Annual administration report of the Civil Veterinary Department of India - 1894-1895
Year: 1894
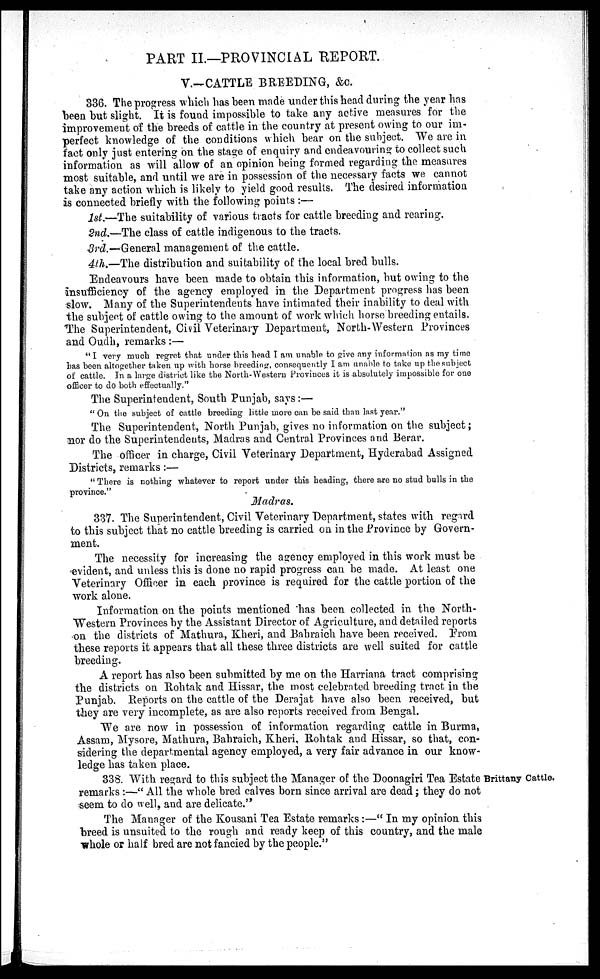
PART II—PROVINCIAL REPORT.
V.—CATTLE BREEDING, &c.
336. The progress which has been made under this head during the year has
been but slight. It is found impossible to take any active measures for the
improvement of the breeds of cattle in the country at present owing to our im-
perfect knowledge of the conditions which bear on the subject. We are in
fact only just entering on the stage of enquiry and endeavouring to collect such
information as will allow of an opinion being formed regarding the measures
most suitable, and until we are in possession of the necessary facts we cannot
take any action which is likely to yield good results. The desired information
is connected briefly with the following points :—
1st—The suitability of various tracts for cattle breeding and rearing.
2nd.—The class of cattle indigenous to the tracts.
3rd.—General management of the cattle.
4th.—The distribution and suitability of the local bred bulls.
Endeavours have been made to obtain this information, but owing to the
insufficiency of the agency employed in the Department progress has been
slow. Many of the Superintendents have intimated their inability to deal with
the subject of cattle owing to the amount of work which horse breeding entails.
The Superintendent, Civil Veterinary Department, North-Western Provinces
and Oudh, remarks :—
"I very much regret that under this head I am unable to give any information as my time
has been altogether taken up with horse breeding, consequently I am unable to take up the subject
of cattle. In a large district like the North-Western Provinces it is absolutely impossible for one
officer to do both effectually."
The Superintendent, South Punjab, says :—
" On the subject of cattle breeding little more can be said than last year."
The Superintendent, North Punjab, gives no information on the subject;
nor do the Superintendents, Madras and Central Provinces and Berar.
The officer in charge, Civil Veterinary Department, Hyderabad Assigned
Districts, remarks:—
" There is nothing whatever to report under this heading, there are no stud bulls in the
province."
Madras.
337. The Superintendent, Civil Veterinary Department, states with regard
to this subject that no cattle breeding is carried on in the Province by Govern-
ment.
The necessity for increasing the agency employed in this work must be
evident, and unless this is done no rapid progress can be made. At least one
Veterinary Officer in each province is required for the cattle portion of the
work alone.
Information on the points mentioned has been collected in the North-
Western Provinces by the Assistant Director of Agriculture, and detailed reports
on the districts of Mathura, Kheri, and Bahraich have been received. From
these reports it appears that all these three districts are well suited for cattle
breeding.
A report has also been submitted by me on the Harriana tract comprising
the districts on Rohtak and Hissar, the most celebrated breeding tract in the
Punjab. Reports on the cattle of the Derajat have also been received, but
they are very incomplete, as are also reports received from Bengal.
We are now in possession of information regarding cattle in Burma,
Assam, Mysore, Mathura, Bahraich, Kheri, Rohtak and Hissar, so that, con-
sidering the departmental agency employed, a very fair advance in our know-
ledge has taken place.
Brittany Cattle.
338. With regard to this subject the Manager of the Doonagiri Tea Estate
remarks :—" All the whole bred calves born since arrival are dead; they do not
seem to do well, and are delicate."
The Manager of the Kousani Tea Estate remarks:—" In my opinion this
breed is unsuited to the rough and ready keep of this country, and the male
whole or half bred are not fancied by the people."